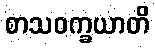
စာသဝက္ခယာတိ